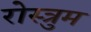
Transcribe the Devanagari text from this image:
रोस्त्रुम